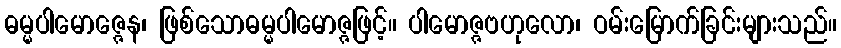
ဓမ္မပါမောဇ္ဇေန၊ ဖြစ်သောဓမ္မပါမောဇ္ဇဖြင့်။ ပါမောဇ္ဇဗဟုလော၊ ဝမ်းမြောက်ခြင်းများသည်။